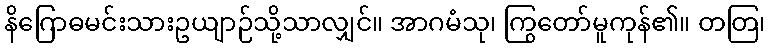
နိဂြောဓမင်းသားဥယျာဉ်သို့သာလျှင်။ အာဂမံသု၊ ကြွတော်မူကုန်၏။ တတြ၊